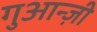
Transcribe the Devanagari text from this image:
गुआन्ज़ी